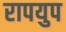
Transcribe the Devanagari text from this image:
रापयुप